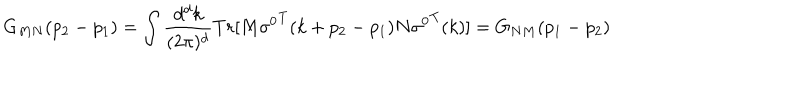
LaTeX: G _ { M N } ( p _ { 2 } - p _ { 1 } ) = \int { \frac { d ^ { d } k } { ( 2 \pi ) ^ { d } } } T r [ M { \sigma ^ { 0 } } ^ { T } ( k + p _ { 2 } - p _ { 1 } ) N { \sigma ^ { 0 } } ^ { T } ( k ) ] = G _ { N M } ( p _ { 1 } - p _ { 2 } )